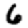
Digit: 6